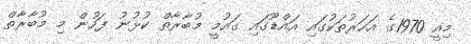
މިއީ 1970ގެ އަހަރުތަކުގައި އައްޑޫގައި ގައުމީ މުބާރާތް ކުޅުނު ފަހުން މި މުބާރާތް